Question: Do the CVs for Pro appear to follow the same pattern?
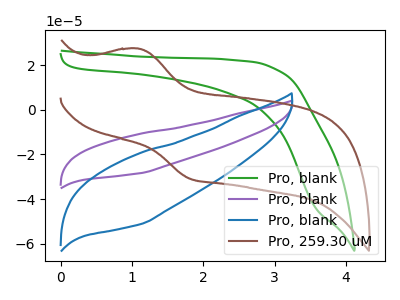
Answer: <think>The green curve "Pro, blank" has no peaks. The purple curve "Pro, blank" has no peaks. The blue curve "Pro, blank" has no peaks. The brown curve "Pro, 259.30 uM" has an anodic peak at (1.10V, 27.45uA) and a cathodic peak at (1.80V, -30.95uA).
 Neither "Pro, blank" or "Pro, blank" have any peaks. Neither "Pro, blank" or "Pro, blank" have any peaks. "Pro, blank" and "Pro, 259.30 uM" have a different number of peaks. Neither "Pro, blank" or "Pro, blank" have any peaks. "Pro, blank" and "Pro, 259.30 uM" have a different number of peaks. "Pro, blank" and "Pro, 259.30 uM" have a different number of peaks.</think>
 <answer>All the CV's of "Pro" have similar shape.</answer>
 <eval>follow_rule</eval>